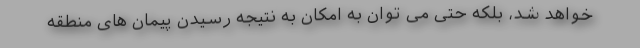
خواهد شد، بلکه حتی می توان به امکان به نتیجه رسیدن پیمان های منطقه